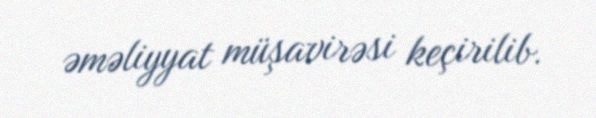
əməliyyat müşavirəsi keçirilib.